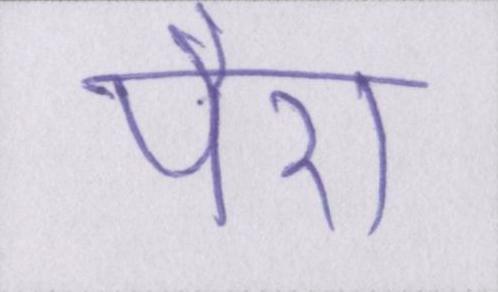
पैरा